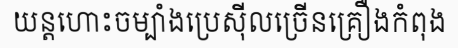
យន្តហោះចម្បាំងប្រេស៊ីលច្រើនគ្រឿងកំពុង